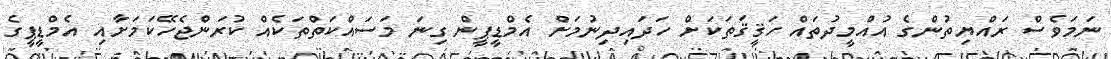
ނަމަވެސް ރައްޔިތުންގެ އުއްމީދުތައް ހަޤީޤަތަކަށް ހަދައިދިނުމަށް އެމްޑީޕީން ގިނަ މަސައްކަތްތަކެއް ކުރަންޖެހޭކަމަށާއި އެމްޑީޕީގެ